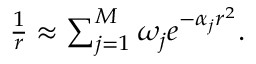
\begin{array} { r } { \frac { 1 } { r } \approx \sum _ { j = 1 } ^ { M } \omega _ { j } e ^ { - \alpha _ { j } r ^ { 2 } } . } \end{array}